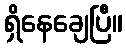
ရှိနေချေပြီ။